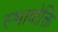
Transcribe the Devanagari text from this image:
स्भावोक्ति